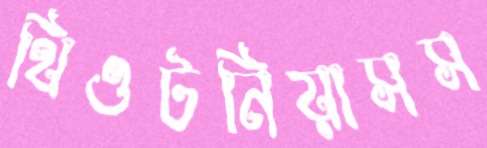
থিওটনিয়াসস